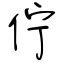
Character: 佇